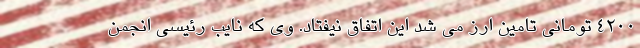
۴۲۰۰ تومانی تامین ارز می شد این اتفاق نیفتاد. وی که نایب رئیسی انجمن